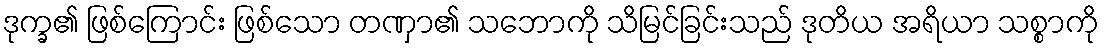
ဒုက္ခ၏ ဖြစ်ကြောင်း ဖြစ်သော တဏှာ၏ သဘောကို သိမြင်ခြင်းသည် ဒုတိယ အရိယာ သစ္စာကို